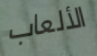
الألعاب